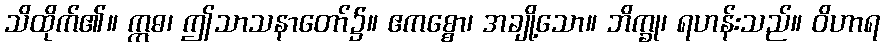
သိထိုက်၏။ ဣဓ၊ ဤသာသနာတော်၌။ ဧကစ္စော၊ အချို့သော။ ဘိက္ခု၊ ရဟန်းသည်။ ဝိဟာရ